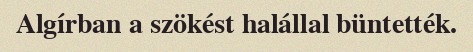
Algírban a szökést halállal büntették.